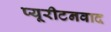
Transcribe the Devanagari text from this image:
प्यूरीटनवाद